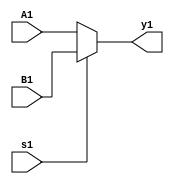
//mux 2:1
module MUX2_1(input wire s1, A1, B1, output wire y1);
assign  y1 = s1?  B1: A1;
endmodule
// mux 4:1
module MUX4_1(input wire[1:0]s1, input wire A2, B2, C2, D2, output wire y2);
  wire y1, y1_2;
  MUX2_1  E1(s1[0],A2,B2,y1);
  MUX2_1  E2(s1[0],C2,D2,y1_2);
  MUX2_1  E3(s1[1],y1,y1_2,y2);
endmodule
// mux 8:1
module MUX8_1(input wire[2:0]s3, input wire A3, B3, C3, D3, E3, F3, G3, H3, output wire y3);
  wire y2, y2_2;
  MUX4_1  E1(s3[1:0],A3, B3, C3, D3,y2);
  MUX4_1  E2(s3[1:0],E3, F3, G3, H3,y2_2);
  MUX2_1  E4(s3[2],y2,y2_2,y3);
endmodule
//tabla 1 mux 8:1
module Tabla1MUX8_1 (input wire A, B, C, GND, VCC, output wire OUT);
  wire [2:0]S1;
  assign S1[0] = C;
  assign S1[1] = B;
  assign S1[2] = A;
  MUX8_1  E1(S1[2:0],GND, VCC, VCC, GND, VCC, GND, GND, VCC, OUT);
endmodule
//tabla 1 mux4:1
module Tabla1MUX4_1 (input wire A, B, C, output wire OUT);
  wire [1:0]S1;
  assign S1[0] = B;
  assign S1[1] = A;
  MUX4_1 E1(S1[1:0],C,~C, ~C, C, OUT);
endmodule
//Tabla 1 mux2:1
module Tabla1MUX2_1 (input wire A, B, C, output wire OUT);
  wire S1, W1, W2;
  assign S1 = A;
  assign W1 = B^C;
  assign W2 = ~(B^C);
  MUX2_1 E1(S1, W1, W2, OUT);
endmodule
//Tabla 2 mux 8:1
module Tabla2MUX8_1 (input wire A, B, C,GND, VCC, output wire OUT);
  wire [2:0]S1;
  assign S1[0] = C;
  assign S1[1] = B;
  assign S1[2] = A;
  MUX8_1  E1(S1[2:0],VCC,VCC,GND,GND,GND,VCC,VCC,GND,OUT);
endmodule
//Tabla 2 mux 4:1
module Tabla2MUX4_1 (input wire A, B, C,GND, output wire OUT);
  wire [1:0]S1;
  assign S1[0] = B;
  assign S1[1] = A;
  MUX4_1 E1(S1[1:0],~C,GND, C, ~C, OUT);
endmodule
//Tabla 2 mux 2:1
module Tabla2MUX2_1 (input wire A, B, C, output wire OUT);
  wire S1, W1, W2;
  assign S1 = A;
  assign W1 = ~(B | C);
  assign W2 = ~(B & C);
  MUX2_1 E1(S1, W1, W2, OUT);
endmodule